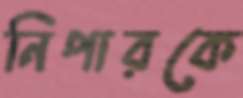
নিপারকে